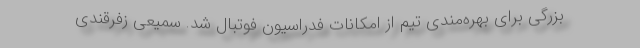
بزرگی برای بهره‌مندی تیم از امکانات فدراسیون فوتبال شد. سمیعی زفرقندی